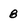
Character: 8